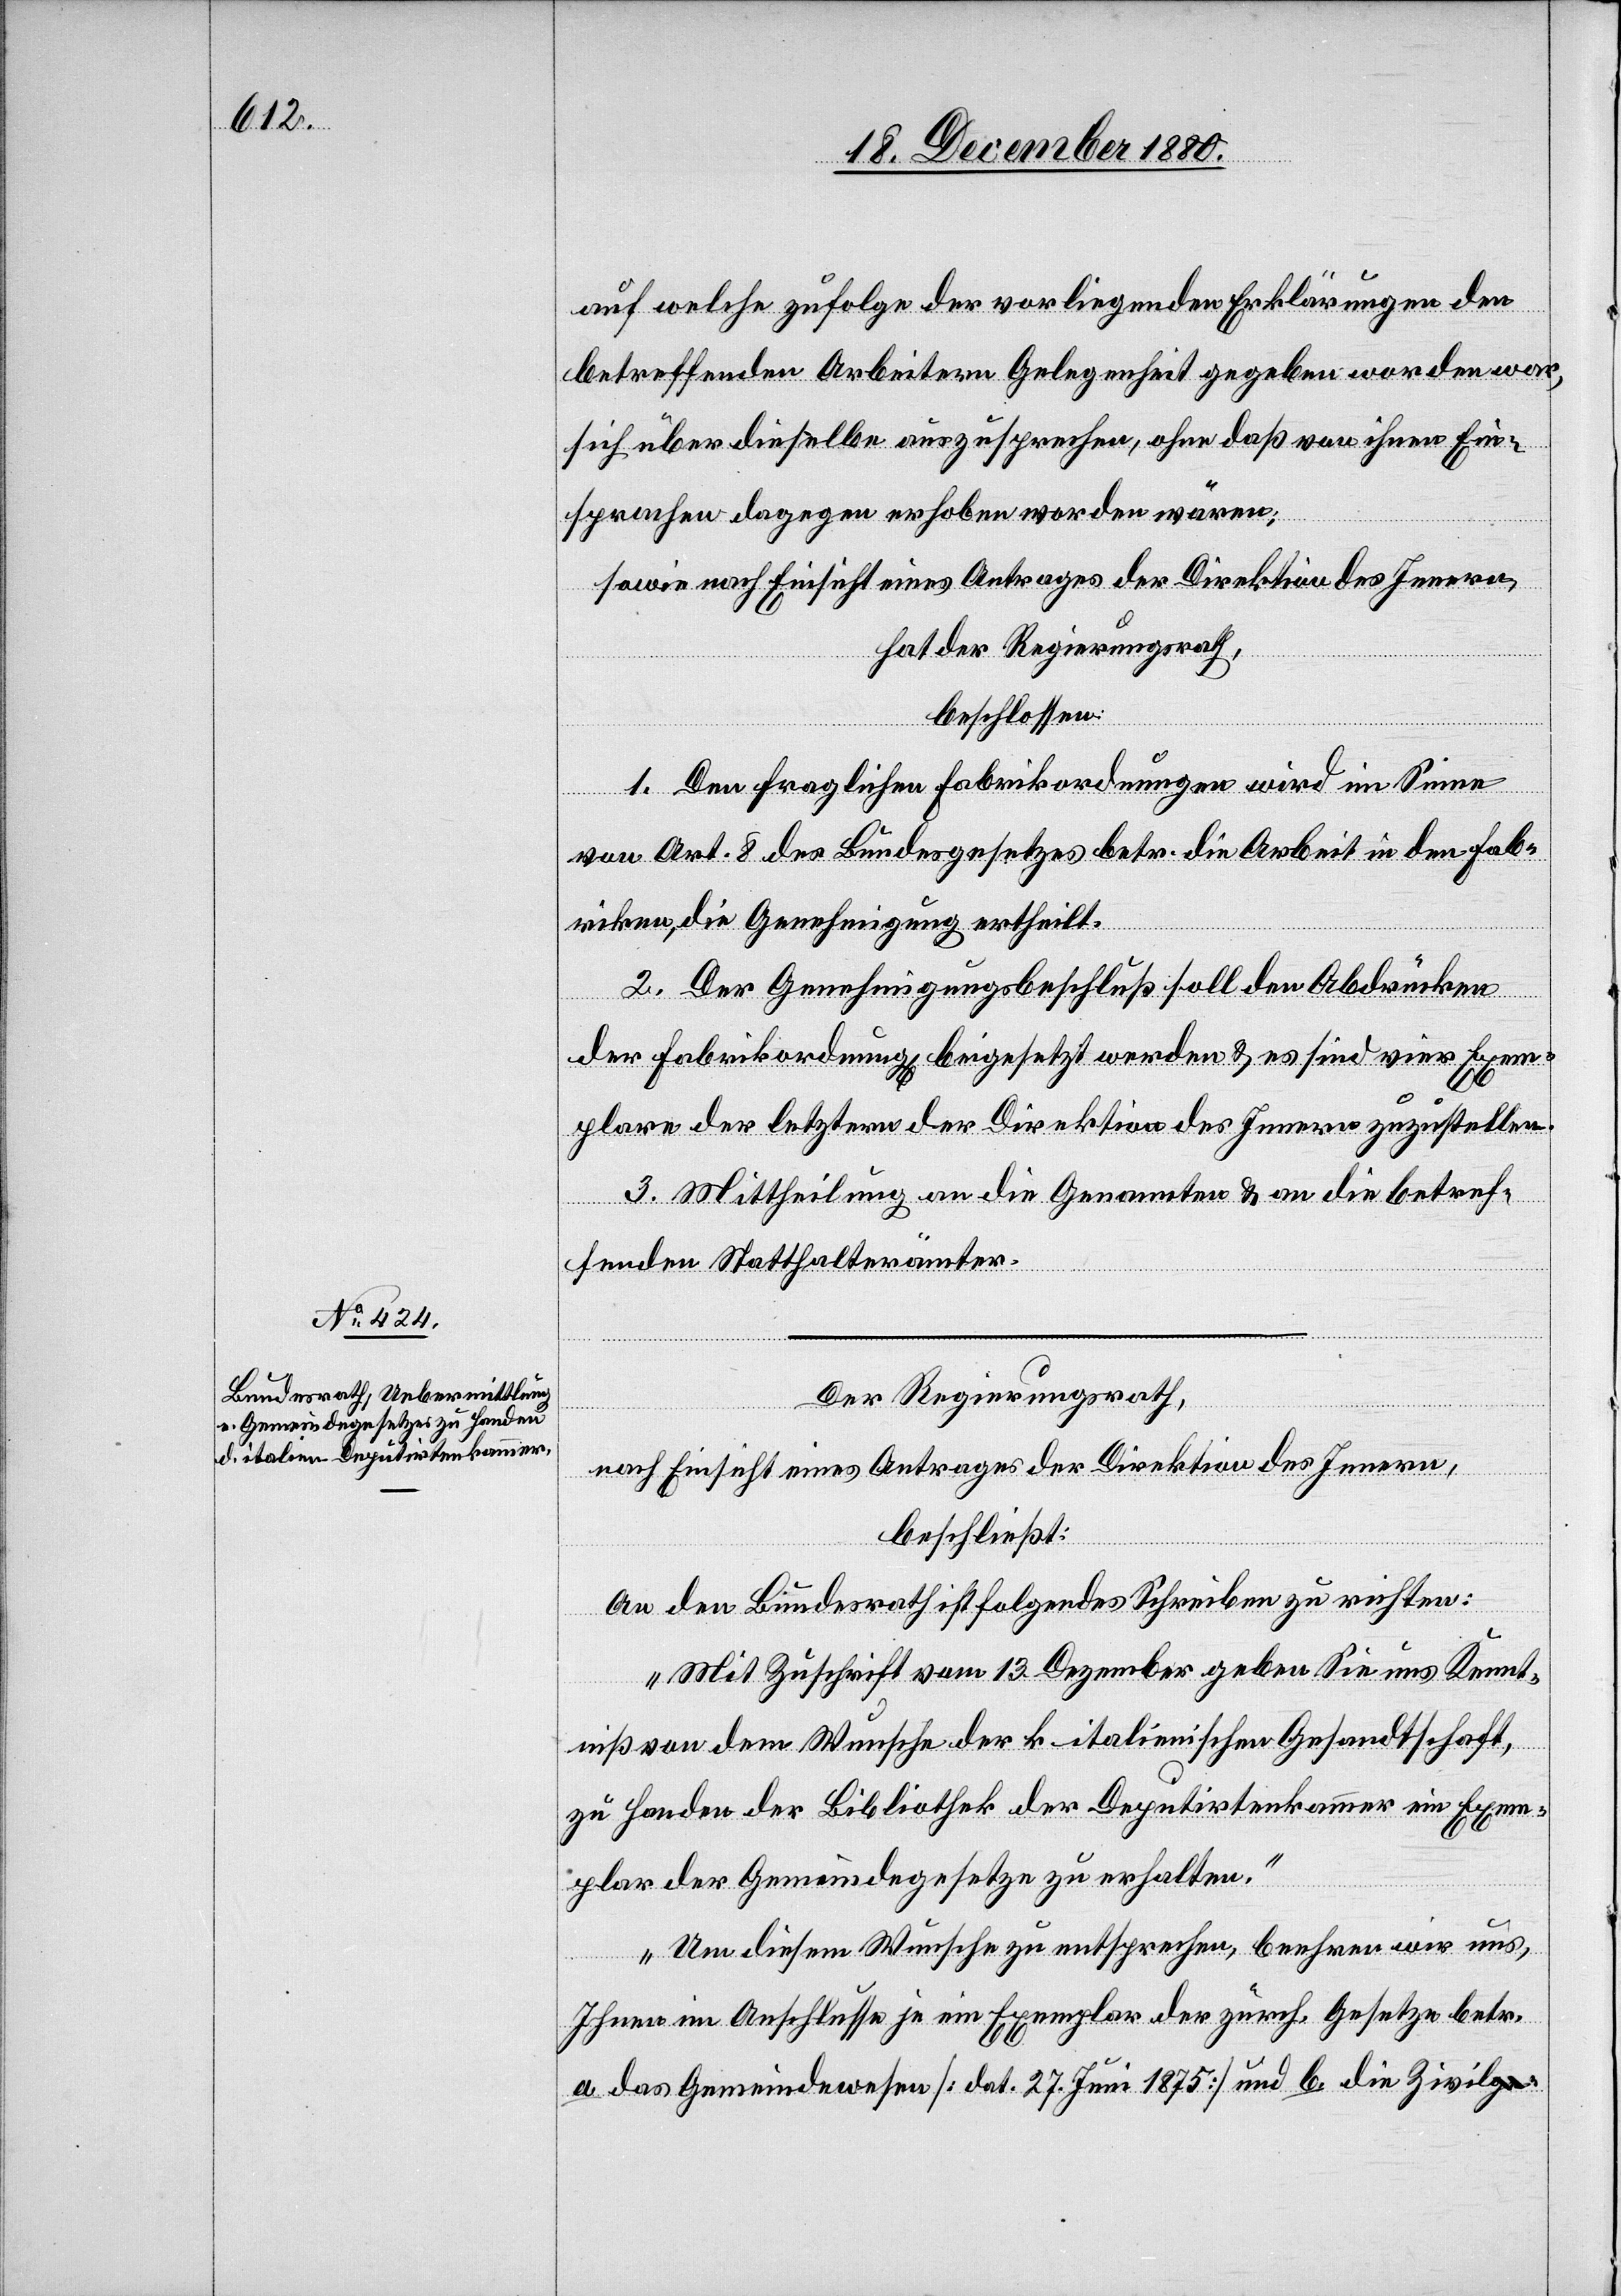
auf welche zufolge der vorliegenden Erklärungen den
betreffenden Arbeitern Gelegenheit gegeben worden war,
sich über dieselbe auszusprechen, ohne daß von ihnen Ein¬
sprachen dagegen erhoben worden wären;
sowie nach Einsicht eines Antrages der Direktion des Innern,
hat der Regierungsrath,
beschlossen:
1. Den fraglichen Fabrikordnungen wird im Sinne
von Art. 8 des Bundesgesetzes betr. die Arbeit in den Fab¬
riken, die Genehmigung ertheilt.
2. Der Genehmigungsbeschluß soll den Abdrücken
der Fabrikordnung[en] beigesetzt werden & es sind vier Exem¬
plare der letztern der Direktion des Innern zuzustellen.
3. Mittheilung an die Genannten & an die betref¬
fenden Statthalterämter.